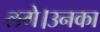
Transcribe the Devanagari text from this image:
लगे।उनका